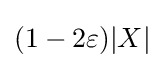
(1-2\varepsilon )|X|